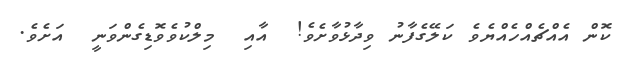
ކޮން އެއްޗެއްހެއްޔެވެ ކަލޭގެފާނު ވިދާޅުވާށެވެ!  އާއި  މިލްކުވެވޮޑިގެންވަނީ  އަށެވެ.